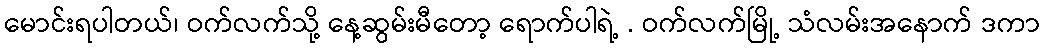
မောင်းရပါတယ်၊ ဝက်လက်သို့ နေ့ဆွမ်းမီတော့ ရောက်ပါရဲ့ . ဝက်လက်မြို့ သံလမ်းအနောက် ဒကာ